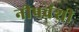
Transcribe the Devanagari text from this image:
नीपवंशी